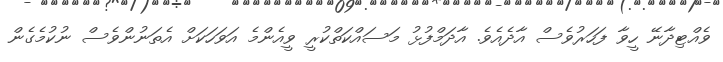
ވެއްޓިދާނޭ ހީވާ ފަހަރުވެސް އާދެއެވެ. އާދަމްފުޅު މަސައްކަތްކުރީ ވީއެންމެ އަވަހަކަށް އެތަނުންވެސް ނުކުމެގެން